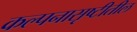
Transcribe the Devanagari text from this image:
कल्पनासृष्टीतील